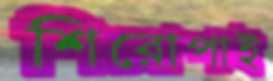
শিরোপাই